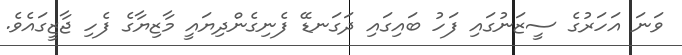
ވަނަ އަހަރުގެ ސީޒަނުގައި ފަހު ބައިގައި ދަގަނޑޭ ފެނިގެންދިޔައީ މާޒިޔާގެ ފެހި ޖާޒީގައެވެ.